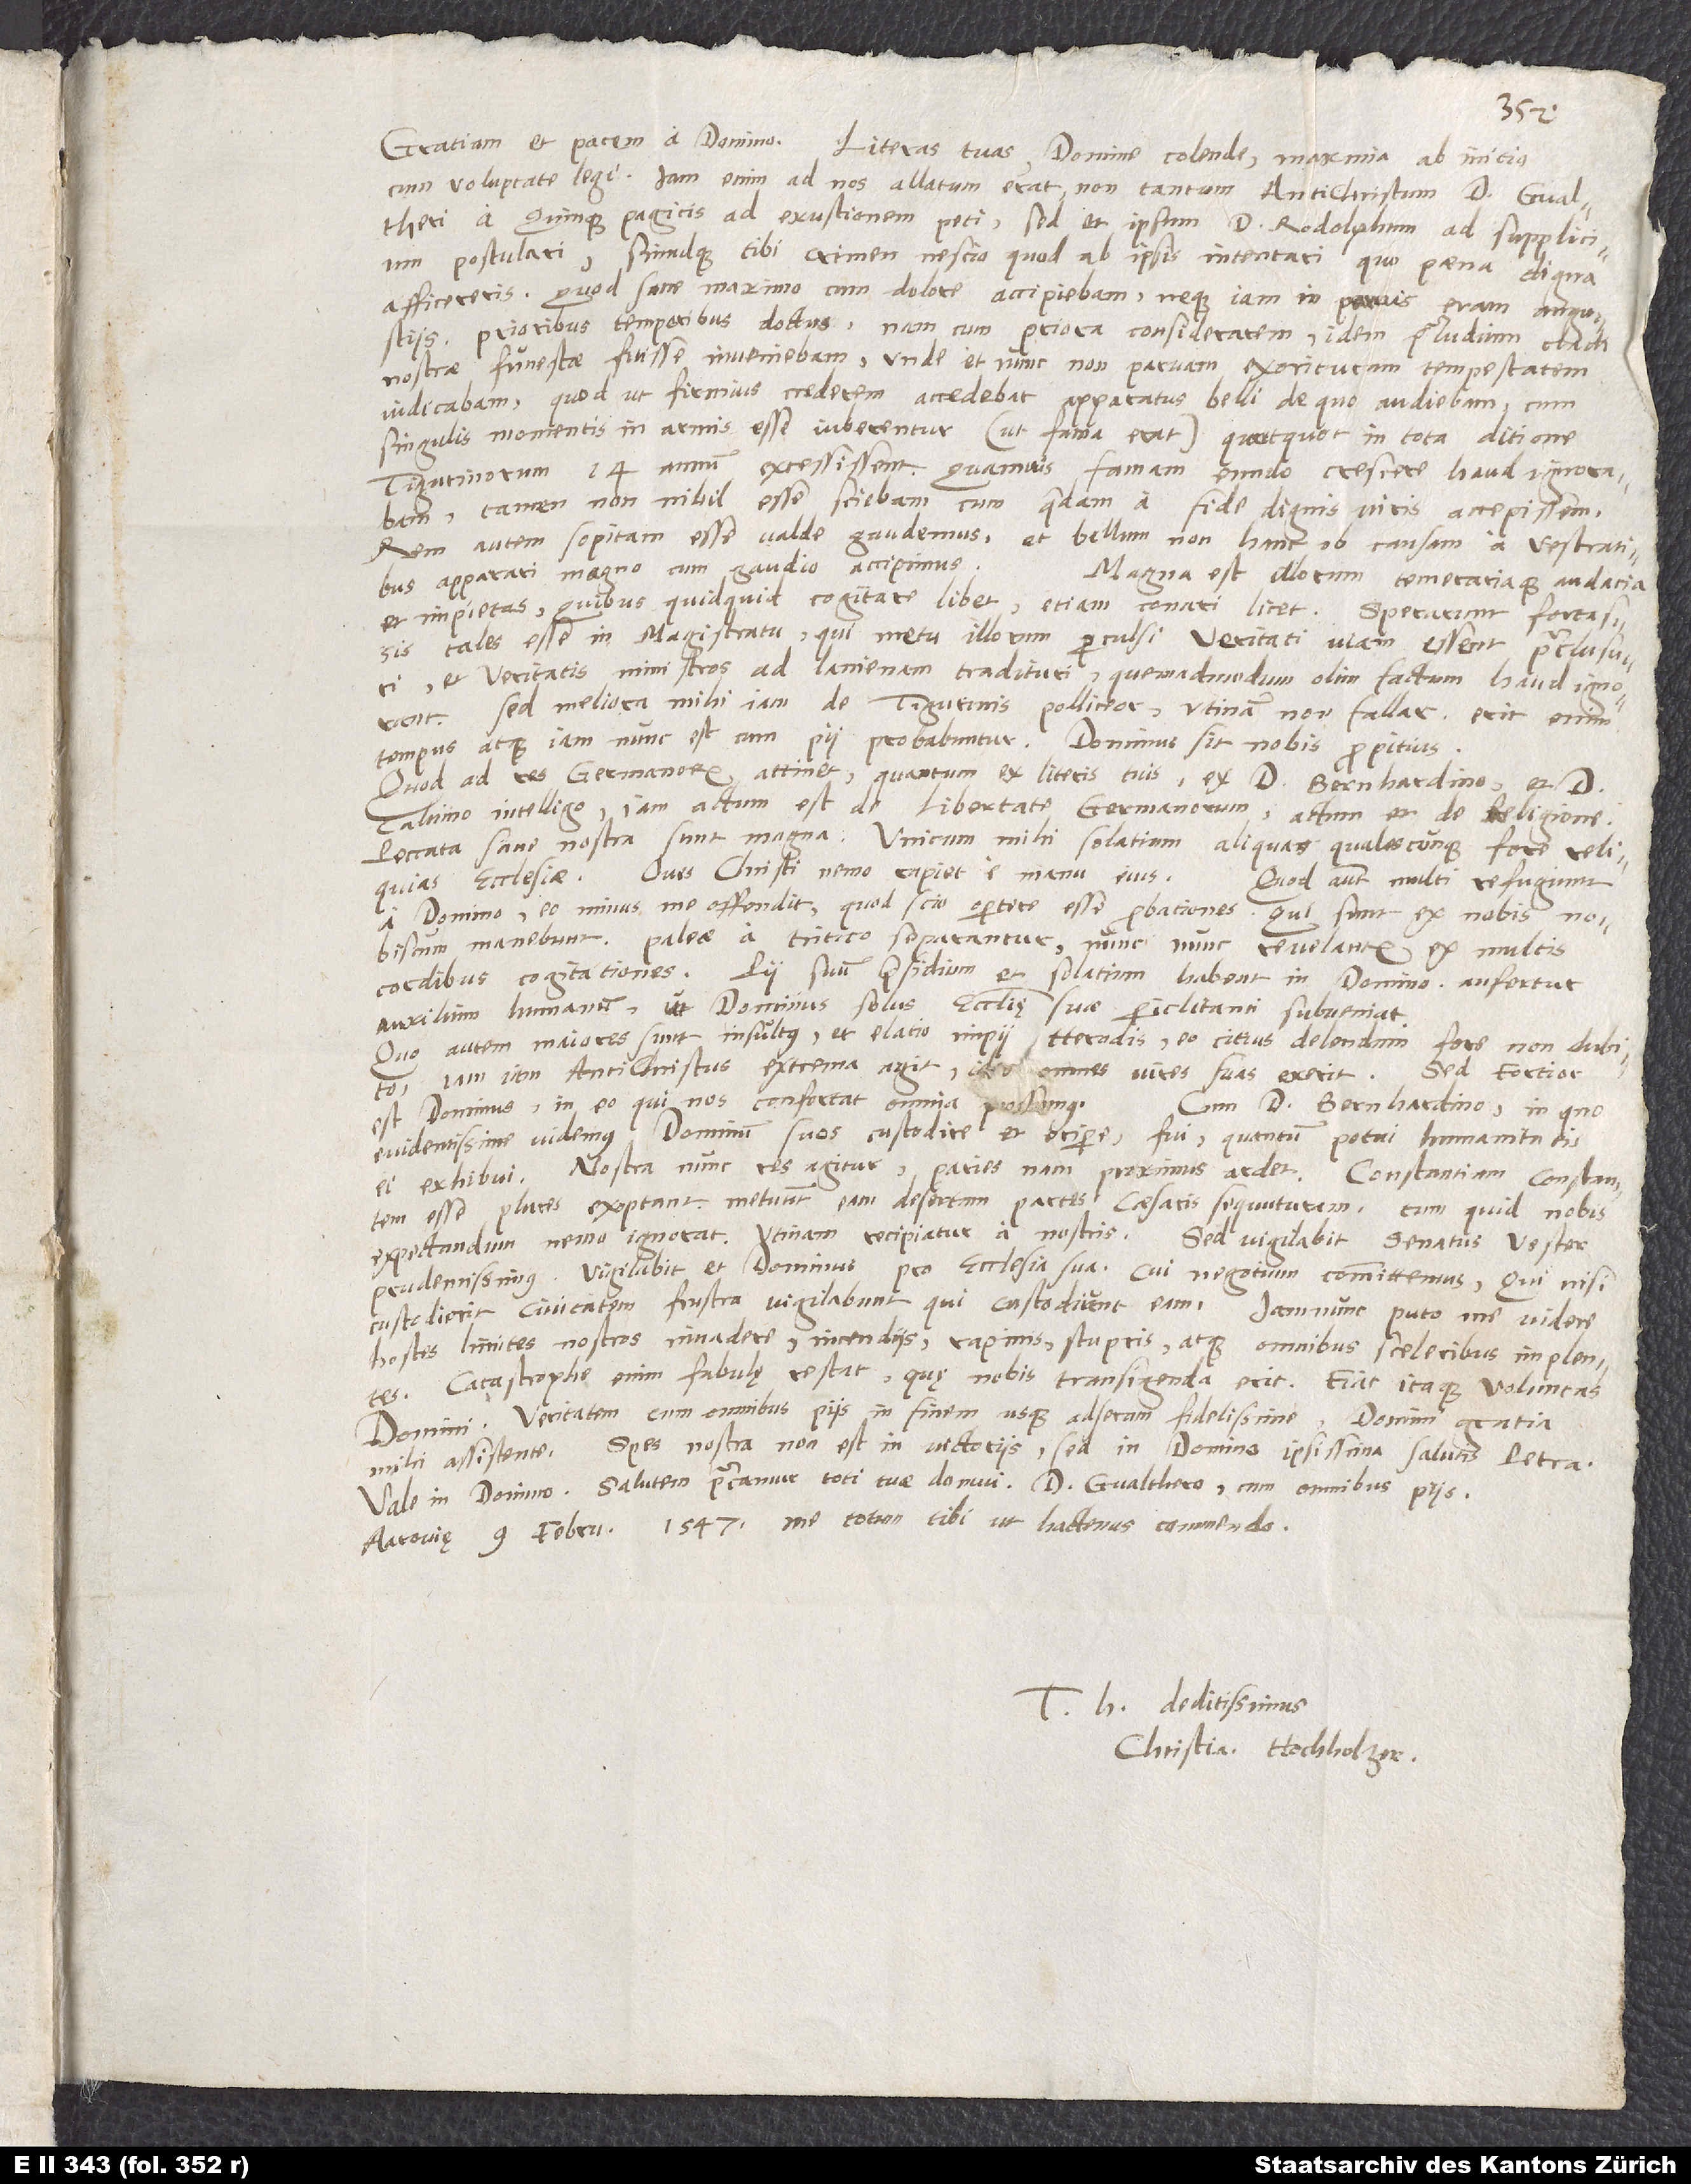
Gratiam et pacem a domino. Literas tuas, domine colende, maxima ab initio
cum voluptate legi. Iam enim ad nos allatum erat non tantum Antichristum d. Gualtheri
a Quinque Pagicis ad exustionem peti, sed et ipsum d. Rodolph um ad supplicium
postulari, simulque tibi crimen, nescio quod, ab ipsis intentari, quo poena aliqua
afficereris. Quod sane maximo cum dolore accipiebam, neque iam in parvis eram angustiis
prioribus temporibus doctus. Nam cum priora considerarem, idem praeludium cladi
nostrae funestae fuisse inveniebam, unde et nunc non parvam exorituram tempestatem
iudicabam. Quod ut firmius crederem, accedebat apparatus belli, de quo audiebam, cum
singulis momentis in armis esse iuberentur(ut fama erat), quotquot in tota ditione
Tigurinorum 14 annum excessissent. Quamvis famam eundo crescere haud ignorabam,
tamen non nihil esse sciebam, cum quaedam a fide dignis viris accepissem.
Rem autem sopitam esse valde gaudemus, et bellum non hanc ob causam a vestratibus
apparari magno cum gaudio accipimus.
Magna est illorum temerariaque audacia
et impietas, quibus, quidquid cogitare libet, etiam conari licet. Sperarunt fortassis
tales esse in magistratu, qui metu illorum perculsi veritati viam essent praeclusuri
et veritatis ministros ad lanienam tradituri, quemadmodum olim factum haud ignorant.
Sed meliora mihi iam de Tigurinis polliceor. Utinam non fallar! Erit enim
tempus, atque iam nunc est, cum pii probabuntur. Dominus sit nobis propitius!
Quod ad res Germanorum attinet, quantum ex literis tuis, ex d. Bernhardino et d.
Calvino intelligo, iam actum est de libertate Germanorum; actum et de religione.
Peccata sane nostra sunt magna. Unicum mihi solatium aliquas qualescunque fore reliquias
ecclesiae. Oves Christi nemo rapiet e manu eius.
Quod autem multi refugiunt
a domino, eo minus me offendit, quod scio oportere esse probationes. Qui sunt ex nobis, nobiscum
manebunt. Paleae a tritico separantur. Nunc nunc revelantur ex multis
cordibus cogitationes. Pii suum praesidium et solatium habent in domino. Aufertur
auxilium humanum, ut dominus solus ecclesię suae periclitanti subveniat!
Quo autem maiores sunt insultus et elatio impii Herodis, eo citius delendum fore non dubito.
Iam iam antichristus extrema agit; ideo omnes vires suas exerit. Sed fortior
est dominus; in eo, qui nos confortat, omnia possumus.
Cum d. Bernhardino (in quo
evidentissime videmus dominum suos custodire et eripere) fui, quantum potui humanitatis
ei exhibui. Nostra nunc res agitur; paries nam proximus ardet. Constantiam constantem
esse plures exoptant. Metuunt eam desertam, partes caesaris sequuturam. Tum quid nobis
expectandum, nemo ignorat. Utinam recipiatur a nostris! Sed vigilabit senatus vester
prudentissimus. Vigilabit et dominus pro ecclesia sua, cui negotium committemus. Qui nisi
custodierit civitatem, frustra vigilabunt, qui custodiunt eam. Iam nunc puto me videre
hostes limites nostros invadere, incendiis, rapinis, stupris atque omnibus sceleribus implentes.
Catastrophe enim fabulę restat, quę nobis transigenda erit. Fiat itaque voluntas
domini. Veritatem cum omnibus piis in finem usque adseram fidelissime domini gratia
mihi assistente. Spes nostra non est in victoriis, sed in domino, ipsissima salutis petra.
Vale in domino. Salutem precamur toti tuae domui, d. Gualthero cum omnibus piis.
Aarovię, 9. februarii 1547. Me totum tibi ut hactenus commendo.
deditissimus
Christia. Hochholzer.